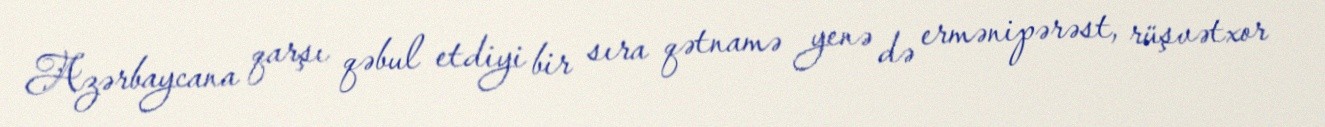
Azərbaycana qarşı qəbul etdiyi bir sıra qətnamə yenə də ermənipərəst, rüşvətxor